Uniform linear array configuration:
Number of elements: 64
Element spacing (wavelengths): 0.5
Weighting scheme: uniform
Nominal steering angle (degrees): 0
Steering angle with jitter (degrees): -0.3752
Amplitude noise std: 0.05
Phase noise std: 0.05

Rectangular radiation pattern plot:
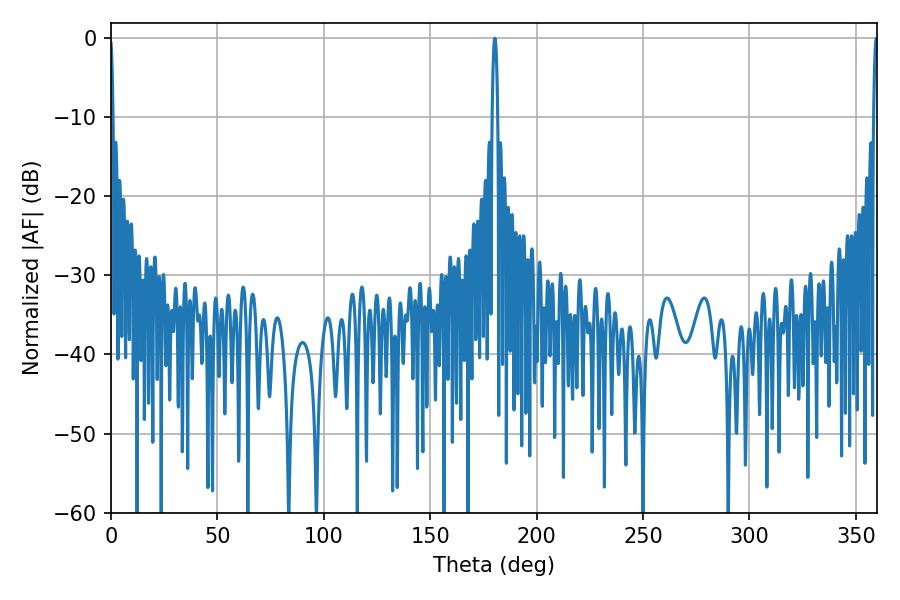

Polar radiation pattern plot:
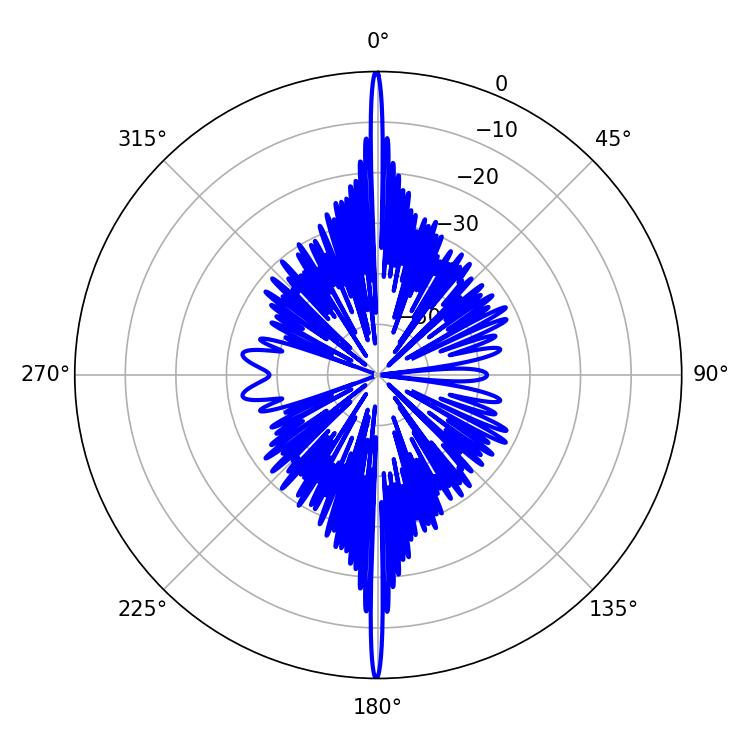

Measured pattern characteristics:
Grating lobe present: FALSE
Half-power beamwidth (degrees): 1.44
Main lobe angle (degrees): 180.36